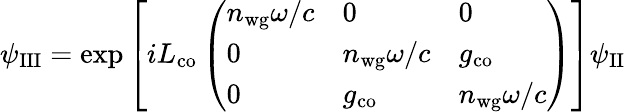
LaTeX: \psi_{\mathrm{III}}=\exp{\left[iL_{\mathrm{co}}\left(\begin{array}{lll}{n_{\mathrm{wg}}\omega/c}&{0}&{0}\\ {0}&{n_{\mathrm{wg}}\omega/c}&{g_{\mathrm{co}}}\\ {0}&{g_{\mathrm{co}}}&{n_{\mathrm{wg}}\omega/c}\end{array}\right)\right]}\psi_{\mathrm{II}}